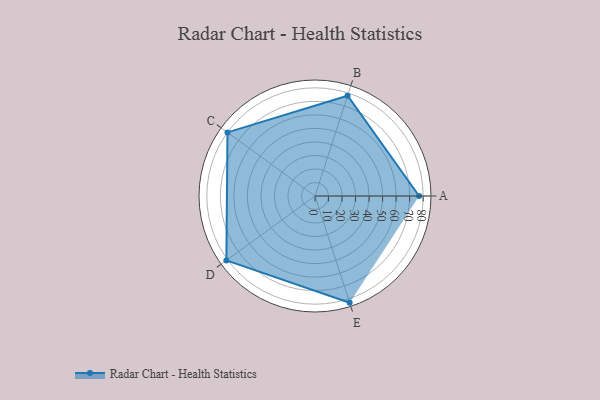
{"axis": {"x": "Skill", "y": "Score"}, "legend": ["Profile"], "data": [{"x": "A", "y": 77.0, "type": "Profile"}, {"x": "B", "y": 78.0, "type": "Profile"}, {"x": "C", "y": 80.0, "type": "Profile"}, {"x": "D", "y": 81.0, "type": "Profile"}, {"x": "E", "y": 83.0, "type": "Profile"}]}